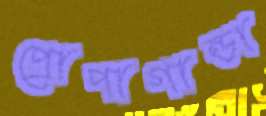
প্রোপাগান্ডা